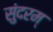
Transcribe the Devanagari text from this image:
सुंदरम्‌